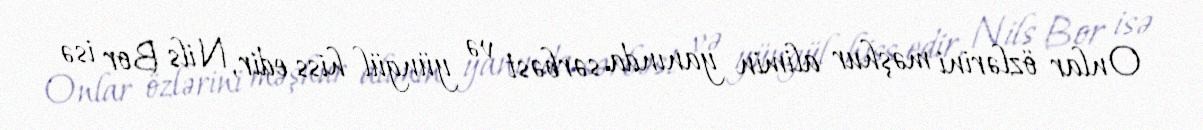
Onlar özlərini məşhur alimin yanında sərbəst və yüngül hiss edir, Nils Bor isə